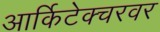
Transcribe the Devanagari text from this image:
आर्किटेक्चरवर